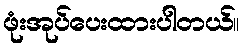
ဖုံးအုပ်ပေးထားပါတယ်။